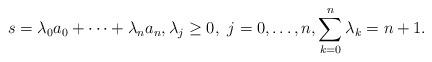
LaTeX: \begin{align*} s=\lambda_0a_0+\cdots+\lambda_na_n, \lambda_j\geq 0, \ j=0,\dots, n, \sum_{k=0}^n\lambda_k=n+1. \end{align*}